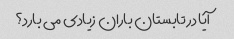
آیا در تابستان باران زیادی می بارد؟